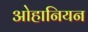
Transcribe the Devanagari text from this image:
ओहानियन